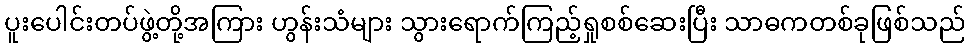
ပူးပေါင်းတပ်ဖွဲ့တို့အကြား ဟွန်းသံများ သွားရောက်ကြည့်ရှုစစ်ဆေးပြီး သာဓကတစ်ခုဖြစ်သည်